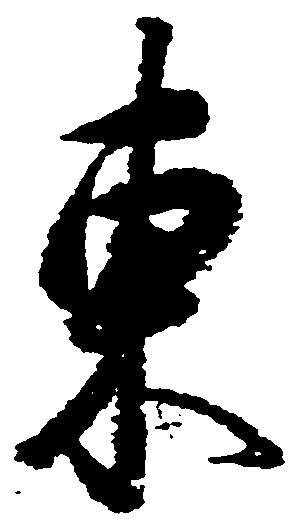
東